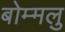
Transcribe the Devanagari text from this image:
बोम्मलु